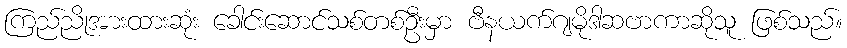
ကြည်ညိုအားထားဆုံး ခေါင်းဆောင်သစ်တစ်ဦးမှာ ဗီနယက်ဂျမိုဒါဆဗာကာဆိုသူ ဖြစ်သည်။